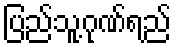
ပြည်သူ့ဂုဏ်ရည်